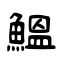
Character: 鰮